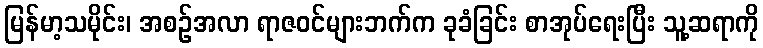
မြန်မာ့သမိုင်း၊ အစဉ်အလာ ရာဇဝင်များဘက်က ခုခံခြင်း စာအုပ်ရေးပြီး သူ့ဆရာကို